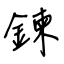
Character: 鍊